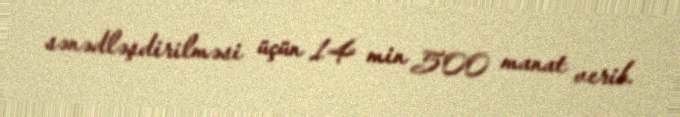
sənədləşdirilməsi üçün 14 min 500 manat verib.